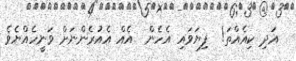
އަދި ކިއެއްތަ!  ފިޔަވައި އެހެން  އެއް އެއުރެންނަށް ވަނީހެއްޔެވެ